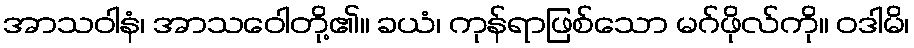
အာသဝါနံ၊ အာသဝေါတို့၏။ ခယံ၊ ကုန်ရာဖြစ်သော မဂ်ဖိုလ်ကို။ ဝဒါမိ၊